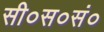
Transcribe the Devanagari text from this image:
सी०स०सं०